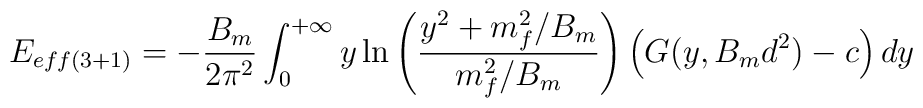
E_{eff(3+1)}=-\frac{B_{m}}{2\pi^{2}}\int_{0}^{+\infty}y\ln\left(\frac{y^{2}+m^{2}_{f}/B_{m}}{m^{2}_{f}/B_{m}}\right)\left(G(y,B_{m} d^{2})-c\right)  dy